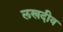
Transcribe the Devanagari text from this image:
लखदीव